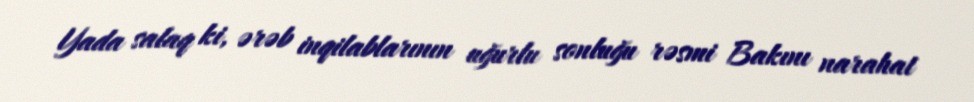
Yada salaq ki, ərəb inqilablarının uğurlu sonluğu rəsmi Bakını narahat